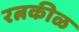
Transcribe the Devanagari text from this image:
रत्नकीळ